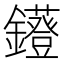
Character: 𨯷